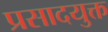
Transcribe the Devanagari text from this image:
प्रसादयुक्त